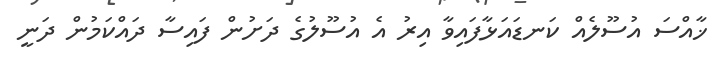
ޚާއްސަ އުސޫލެއް ކަނޑައަޅާފައިވާ އިރު އެ އުސޫލުގެ ދަށުން ފައިސާ ދައްކަމުން ދަނީ